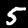
Label: 5